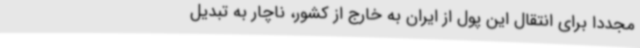
مجددا برای انتقال این پول از ایران به خارج از کشور، ناچار به تبدیل